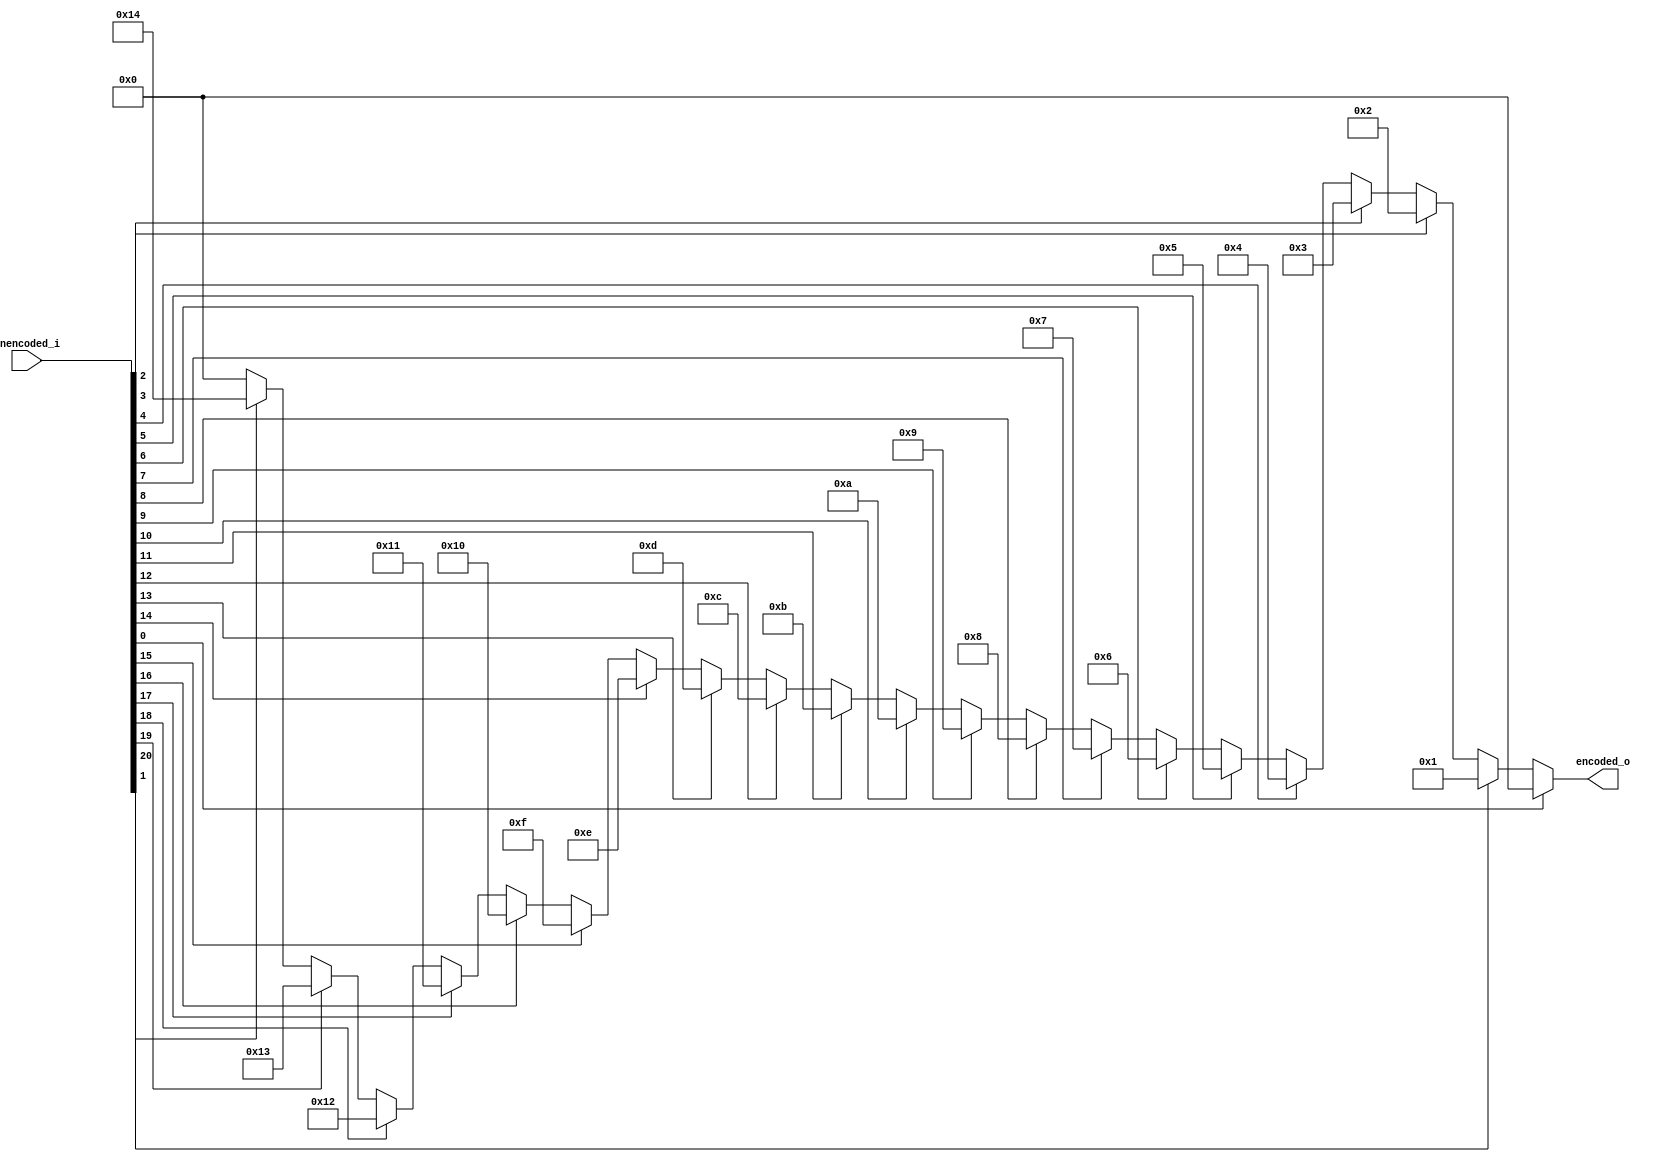
// This program was cloned from: https://github.com/IObundle/iob-soc
// License: MIT License

`timescale 1ns / 1ps

module iob_prio_enc #(
   parameter W    = 21,
   // Priority: "LOW", "HIGH"
   parameter MODE = "LOW"  //"LOW" -> smaller index
) (
   input      [        W-1:0] unencoded_i,
   output reg [$clog2(W)-1:0] encoded_o
);

   integer pos;
   generate
      if (MODE == "LOW") begin : gen_low_prio
         always @* begin
            encoded_o = {$clog2(W) {1'd0}};  //In case input is 0
            for (pos = W - 1; pos != -1; pos = pos - 1) begin
               if (unencoded_i[pos]) begin
                  encoded_o = pos;
               end
            end
         end
      end else begin : gen_highest_prio  //MODE == "HIGH"
         always @* begin
            encoded_o = {$clog2(W) {1'd0}};  //In case input is 0
            for (pos = {W{1'd0}}; pos < W; pos = pos + 1) begin
               if (unencoded_i[pos]) begin
                  encoded_o = pos;
               end
            end
         end
      end
   endgenerate

endmodule